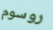
روسوم